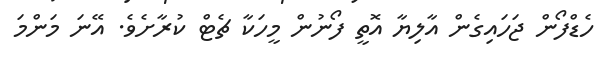
ހެޑްފޯން ޖަހައިގެން އާލިޔާ އޮތީ ފޯނުން މީހަކާ ޗެޓް ކުރާށެވެ. އޭނަ މަންމަ